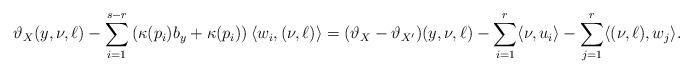
LaTeX: \begin{align*}\vartheta_X(y,\nu,\ell)-\sum_{i=1}^{s-r} \left( \kappa(p_i) b_y + \kappa(p_i) \right) \langle w_i , (\nu,\ell) \rangle = (\vartheta_X-\vartheta_{X'})(y,\nu,\ell)-\sum_{i=1}^r \langle \nu,u_i \rangle -\sum_{j=1}^r \langle (\nu,\ell),w_j \rangle.\end{align*}